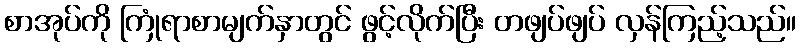
စာအုပ်ကို ကြုံရာစာမျက်နှာတွင် ဖွင့်လိုက်ပြီး တဖျပ်ဖျပ် လှန်ကြည့်သည်။